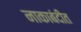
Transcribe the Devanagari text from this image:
नाकाबंदीत